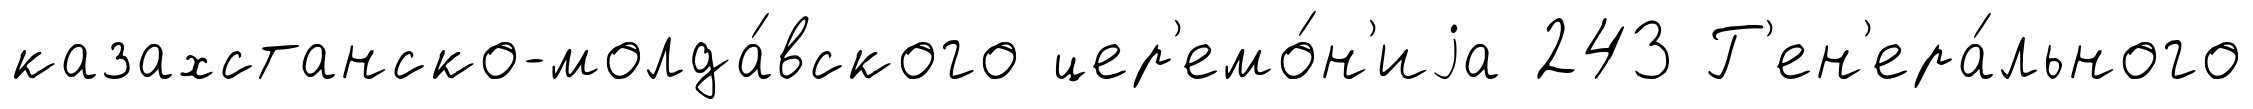
казахстанско-молда́вского цер'емо́н'иjа 243 Г'ен'ера́льного